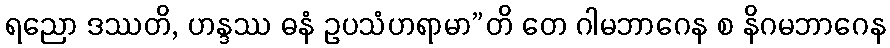
ရညော ဒဿတိ, ဟန္ဒဿ ဓနံ ဥပသံဟရာမာ”တိ တေ ဂါမဘာဂေန စ နိဂမဘာဂေန